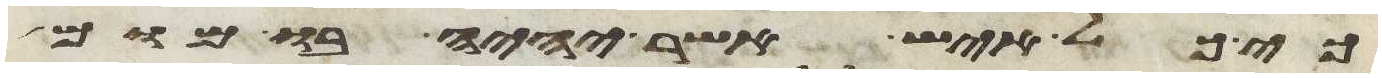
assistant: כי כל איש אשר יהיה בו מום